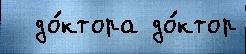
  до́ктора до́ктор